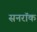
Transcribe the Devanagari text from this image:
सनरॉक